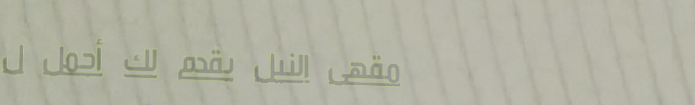
مقهى النيل يقدم لك أجمل ل